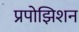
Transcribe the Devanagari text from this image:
प्रपोझिशन